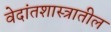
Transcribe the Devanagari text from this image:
वेदांतशास्त्रातील